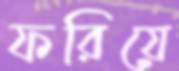
ফরিয়ে